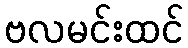
ဗလမင်းထင်